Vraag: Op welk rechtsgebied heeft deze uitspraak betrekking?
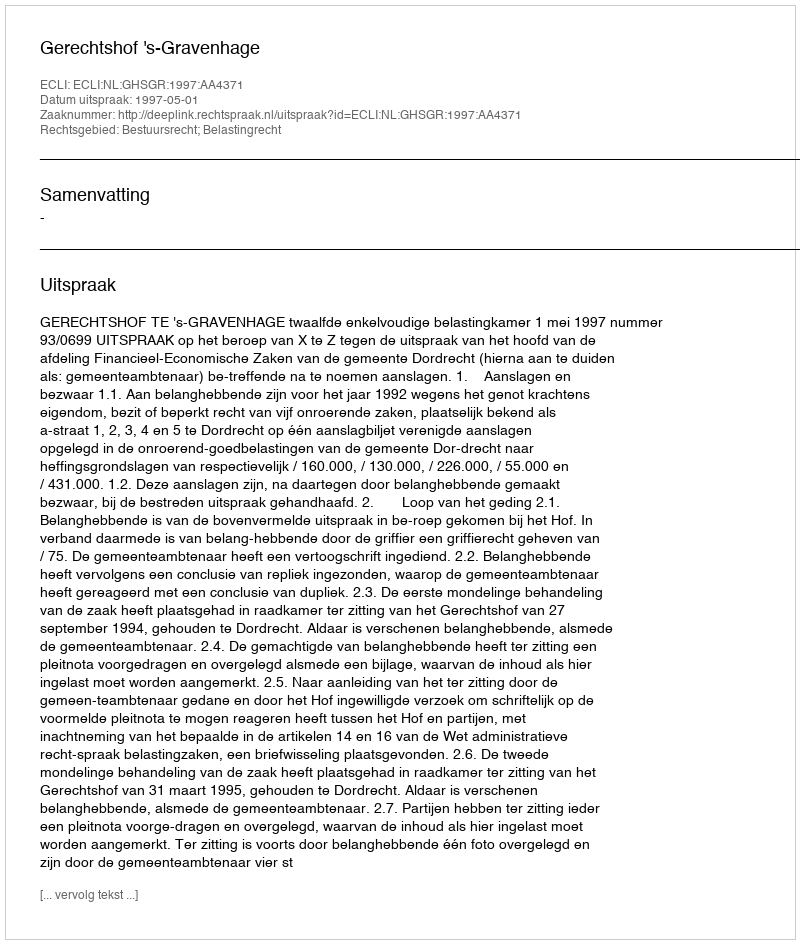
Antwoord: Bestuursrecht; Belastingrecht